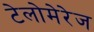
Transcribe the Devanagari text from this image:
टेलोमेरेज